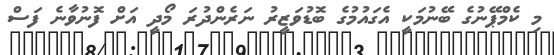
މި ކެމްޕޭނުގެ ބޭނުމަކީ އެގައުމުގެ ބޮޑުވަޒީރު ނަރެންދުރަ މޯދީ އަށް ފޮނުވާނެ ފަސް